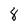
Character: 8